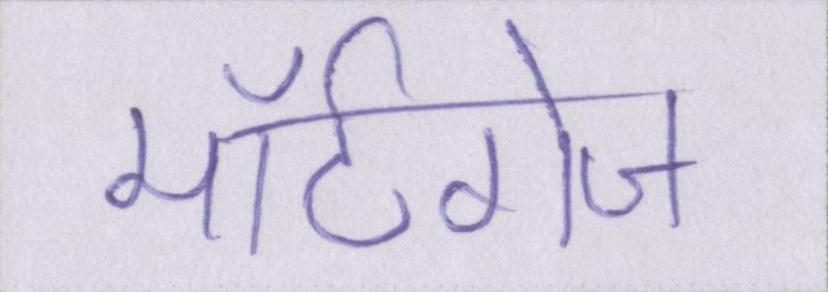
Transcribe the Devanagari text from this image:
मॉर्टगेज